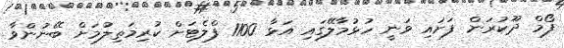
ފޯމް ދޫކުރަން ފަށައި ވަނީ ހުޅުމާލޭގައި އަޅާ 1100 ފްލެޓަށް ކުރިމަތިލުމަށް ބޭނުންވާ